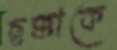
ছক্কাকে